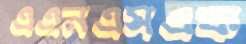
এএনএসএফ